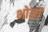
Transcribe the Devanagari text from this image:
भोलों